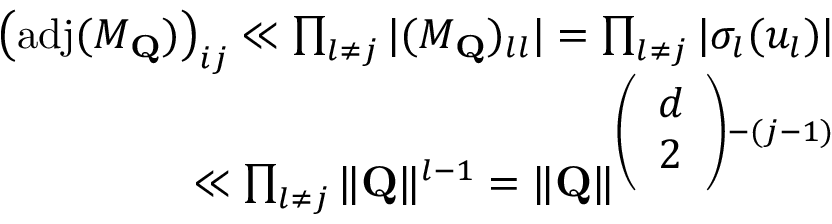
\begin{array} { r } { \left( \operatorname { a d j } ( M _ { \mathbf { Q } } ) \right) _ { i j } \ll \prod _ { l \neq j } \vert ( M _ { \mathbf { Q } } ) _ { l l } \vert = \prod _ { l \neq j } \vert \sigma _ { l } ( u _ { l } ) \vert } \\ { \ll \prod _ { l \neq j } \Vert \mathbf { Q } \Vert ^ { l - 1 } = \Vert \mathbf { Q } \Vert ^ { \left( \begin{array} { l } { d } \\ { 2 } \end{array} \right) - ( j - 1 ) } } \end{array}